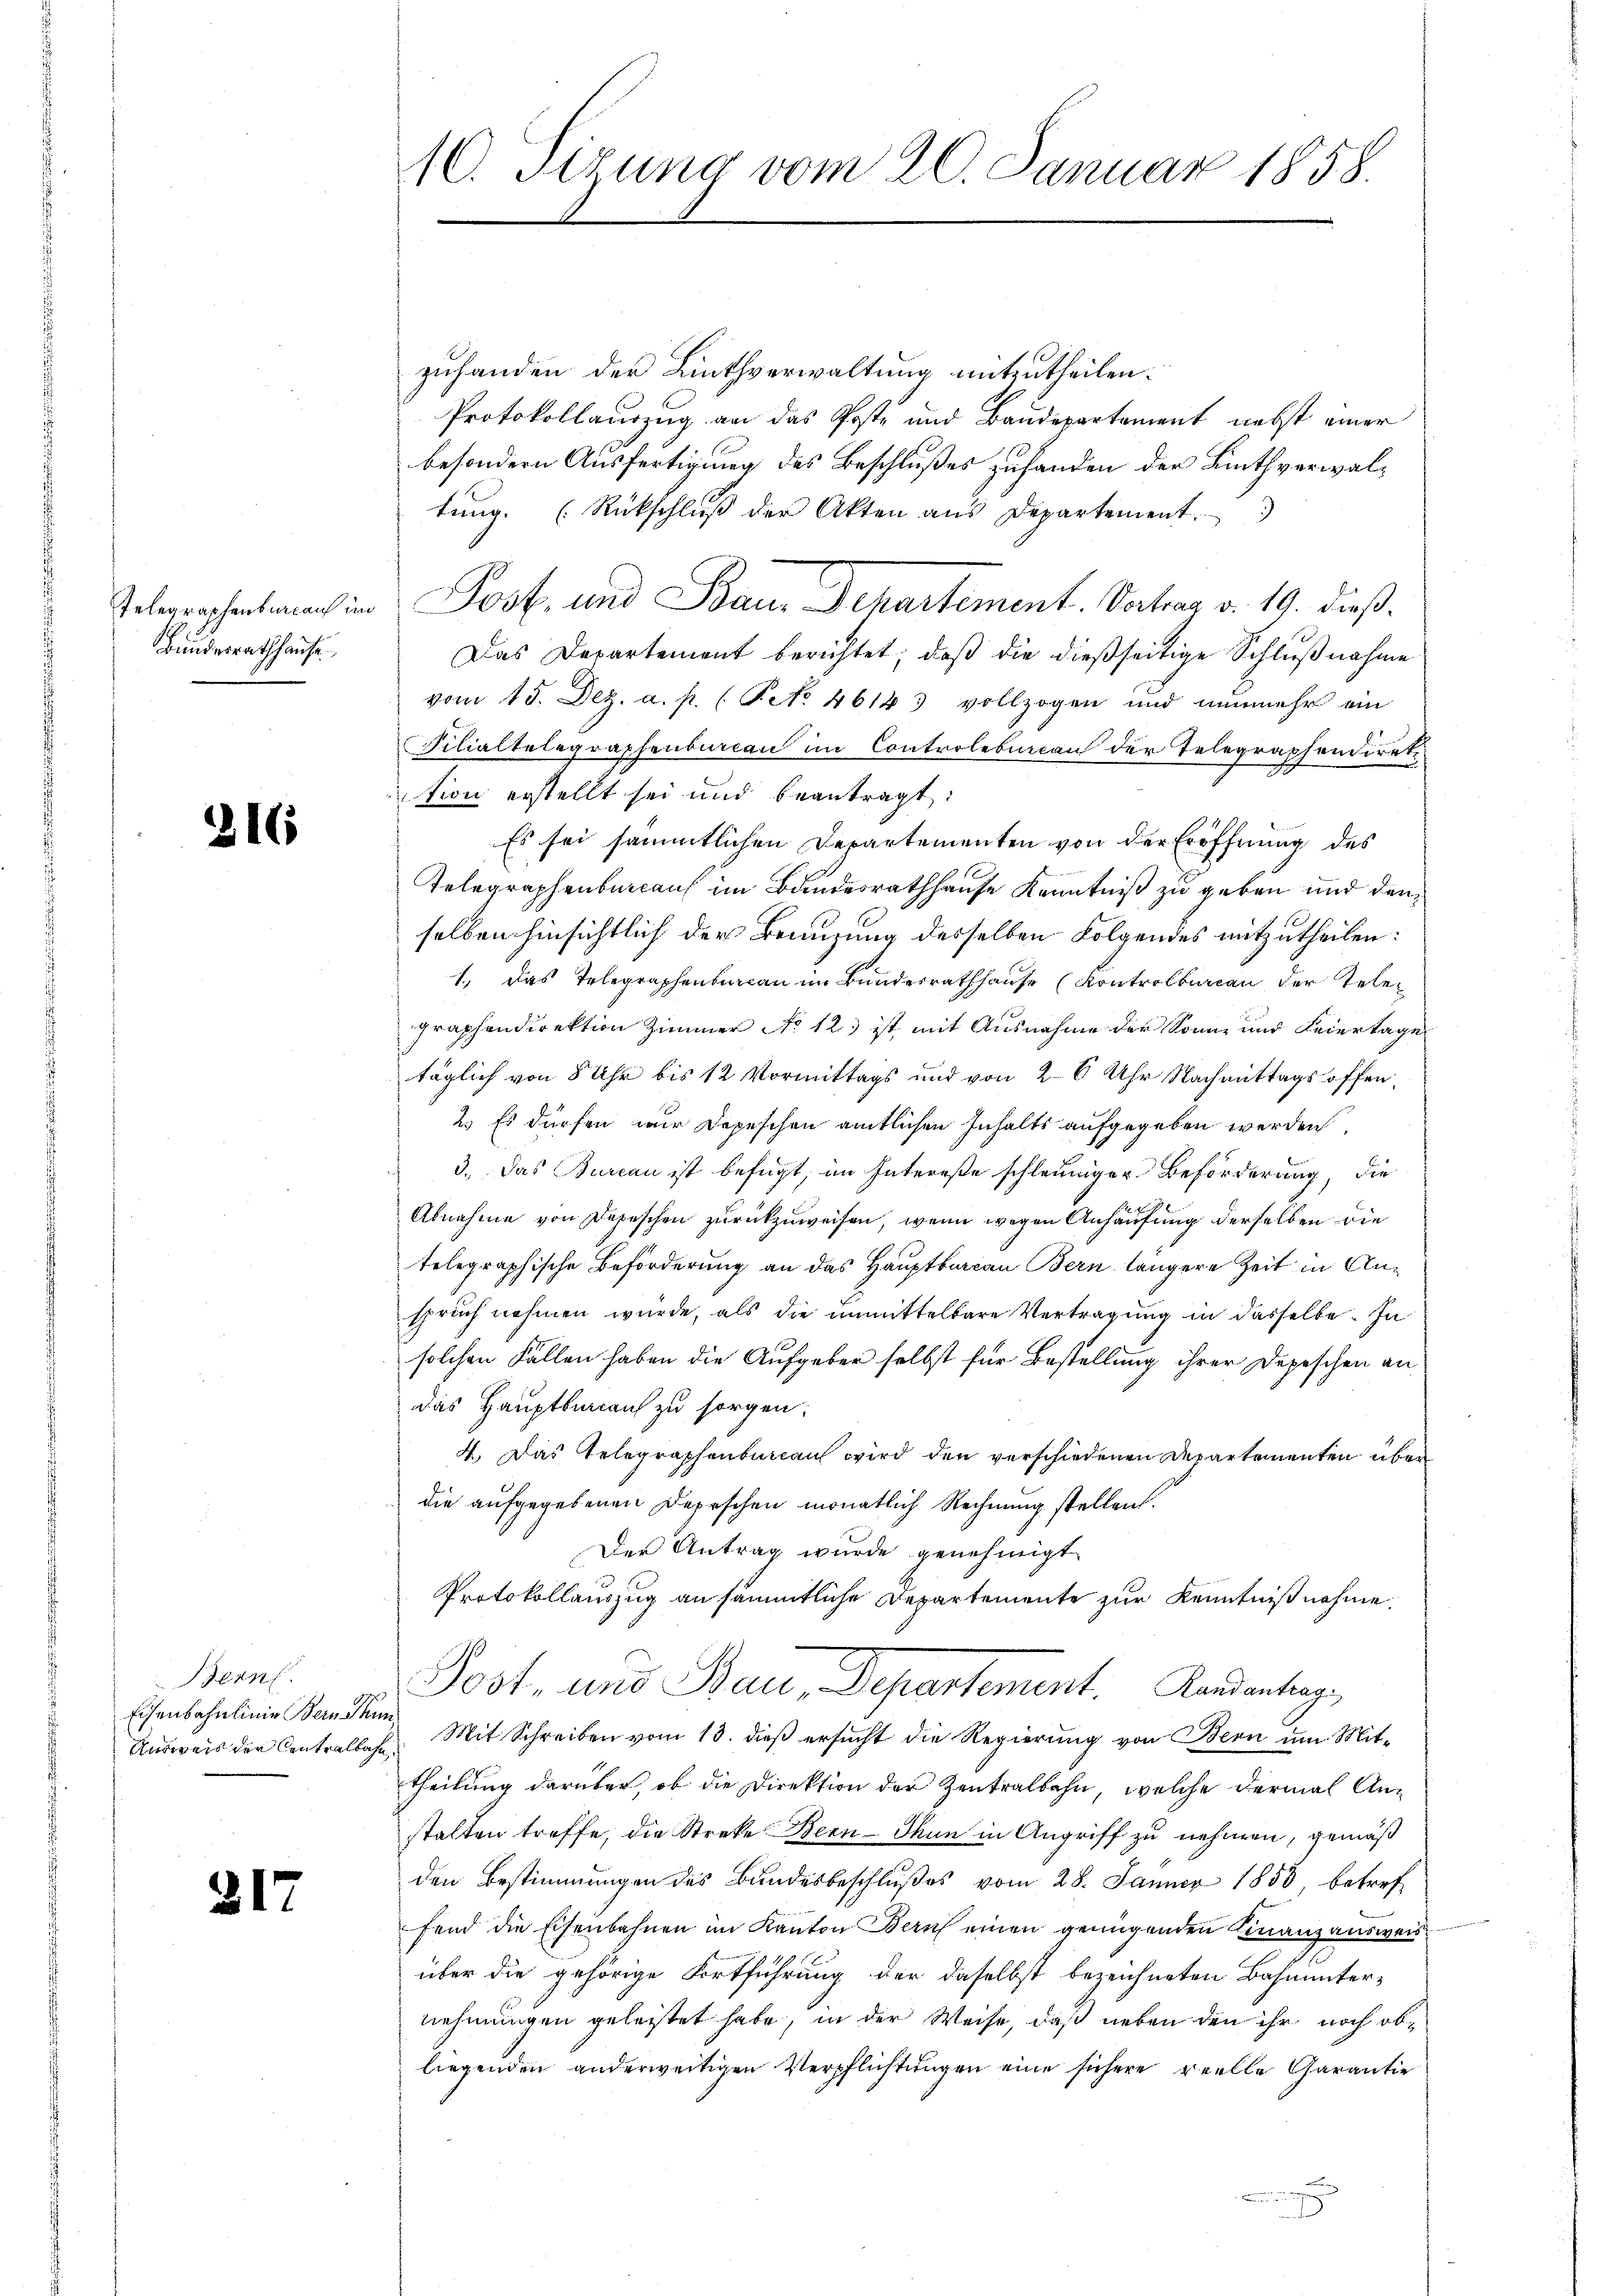
Bundesrathhause

216

217

Bern.
Eisenbahnlinie Bern Stum

zuhanden der Linthverwaltung mitzutheilen.
Protokollauszug an das Poste und Baudepartement nebst einer
besondern Ausfertigung des Beschlußes zuhanden der Linthverwaltŭng. (Rückschlŭβ der Akten aus Departement.
Telegraphentmach in Post- und Baur Departement. Vertrag v. 19. dieß.
Das Departement berichtet, daß die dießseitige Schlußnahme
vom 15. Dez. a. p. ( Pct. 46143 vollzogen und nunmehr ein
Filialtelegraphenbureau im Controlebiican der Telegraphendiret.
tion erstellt sei und beantragt:
Es sei sämmtlichen Departementen von der Eröffnung des
Telegraphenbureau im Bundesrathhause Kenntniß zu geben und denselben hinsichtlich der Benuzung desselben Folgendes mitzutheilen:
1., das Telegraphenbureau im Bundesrathhause (Kontrolbureau der Telegraphendirektion Zimmer No 12) ist mit Ausnahme der Sonne und Feiertage
täglich von 8 Uhr bis 12 Vormittags und von 2-6 Uhr Nachmittags offen,
2. Es dürfen wir depeschen amtlichen Inhalts aufgegeben werden,
3.) Das Burcan ist befügt, im Intereße schleuniger Beförderung, die
Abnahme von Depeschen zurückzuweisen, wenn wegen Anhäufung derselben die
telegraphische Beförderung an das Hauptbureau Bern längere Zeit in Anspruch nehmen würde, als die unmittelbare Vertragung in dasselbe. In
solchen Fallen haben die Aufgeber selbst für Bestellung ihrer Depeschen an
das Hauptbureau zu sorgen.
4.) Das Telegraphenbureau wird den verschiedenen Departementen über
die aufgegebenen Depeschen monatlich Rechnung stellen.
Der Antrag wurde genehmigt.
Protokollauszug an sämmtliche Departemente zur Kenntniß nahme.
Post- und Bau, Departement. Landantag,
Aŭsweis der Centralbahn Mit Schreiben vom 13. dieβ ersŭcht die Regierŭng von Bern um Mit-
theilung darüber, ob die Direktion der Zentralbahn, welche dermal Anstalten treffe, die Streke Bern - Thun in Angriff zu nehmen, gemäß
den Bestimmungen des Bundesbeschlußes vom 28. Jänner 1855, betref
fend die Eisenbahnen im Kanton Bern einen genügenden Finanzausweis
über die gehörige Fortführung der daselbst bezeichneten Bahnunter-
nehmungen geleistet habe, in der Weise, daß neben den ihr noch obliegenden anderweitigen Verpflichtungen eine sichere reelle Garantie

10. Sizung vom 20. Januar 1858.